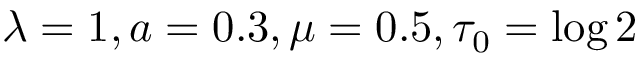
\lambda = 1 , a = 0 . 3 , \mu = 0 . 5 , \tau _ { 0 } = \log 2